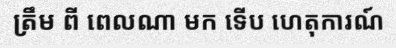
ត្រឹម ពី ពេលណា មក ទើប ហេតុការណ៍